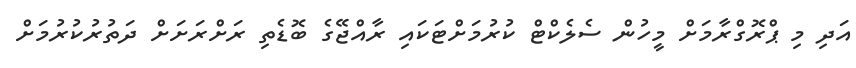
އަދި މި ޕްރޮގްރާމަށް މީހުން ސެލެކްޓް ކުރުމަށްޓަކައި ރާއްޖޭގެ ބޮޑެތި ރަށްރަށަށް ދަތުރުކުރުމަށް